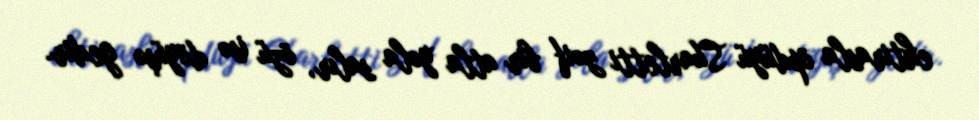
ehtirasla öpdüyü Skarletti zəif bir atla yola salır, özü isə döyüşə gedir.